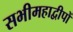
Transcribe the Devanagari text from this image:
सभीमहाद्वीपों